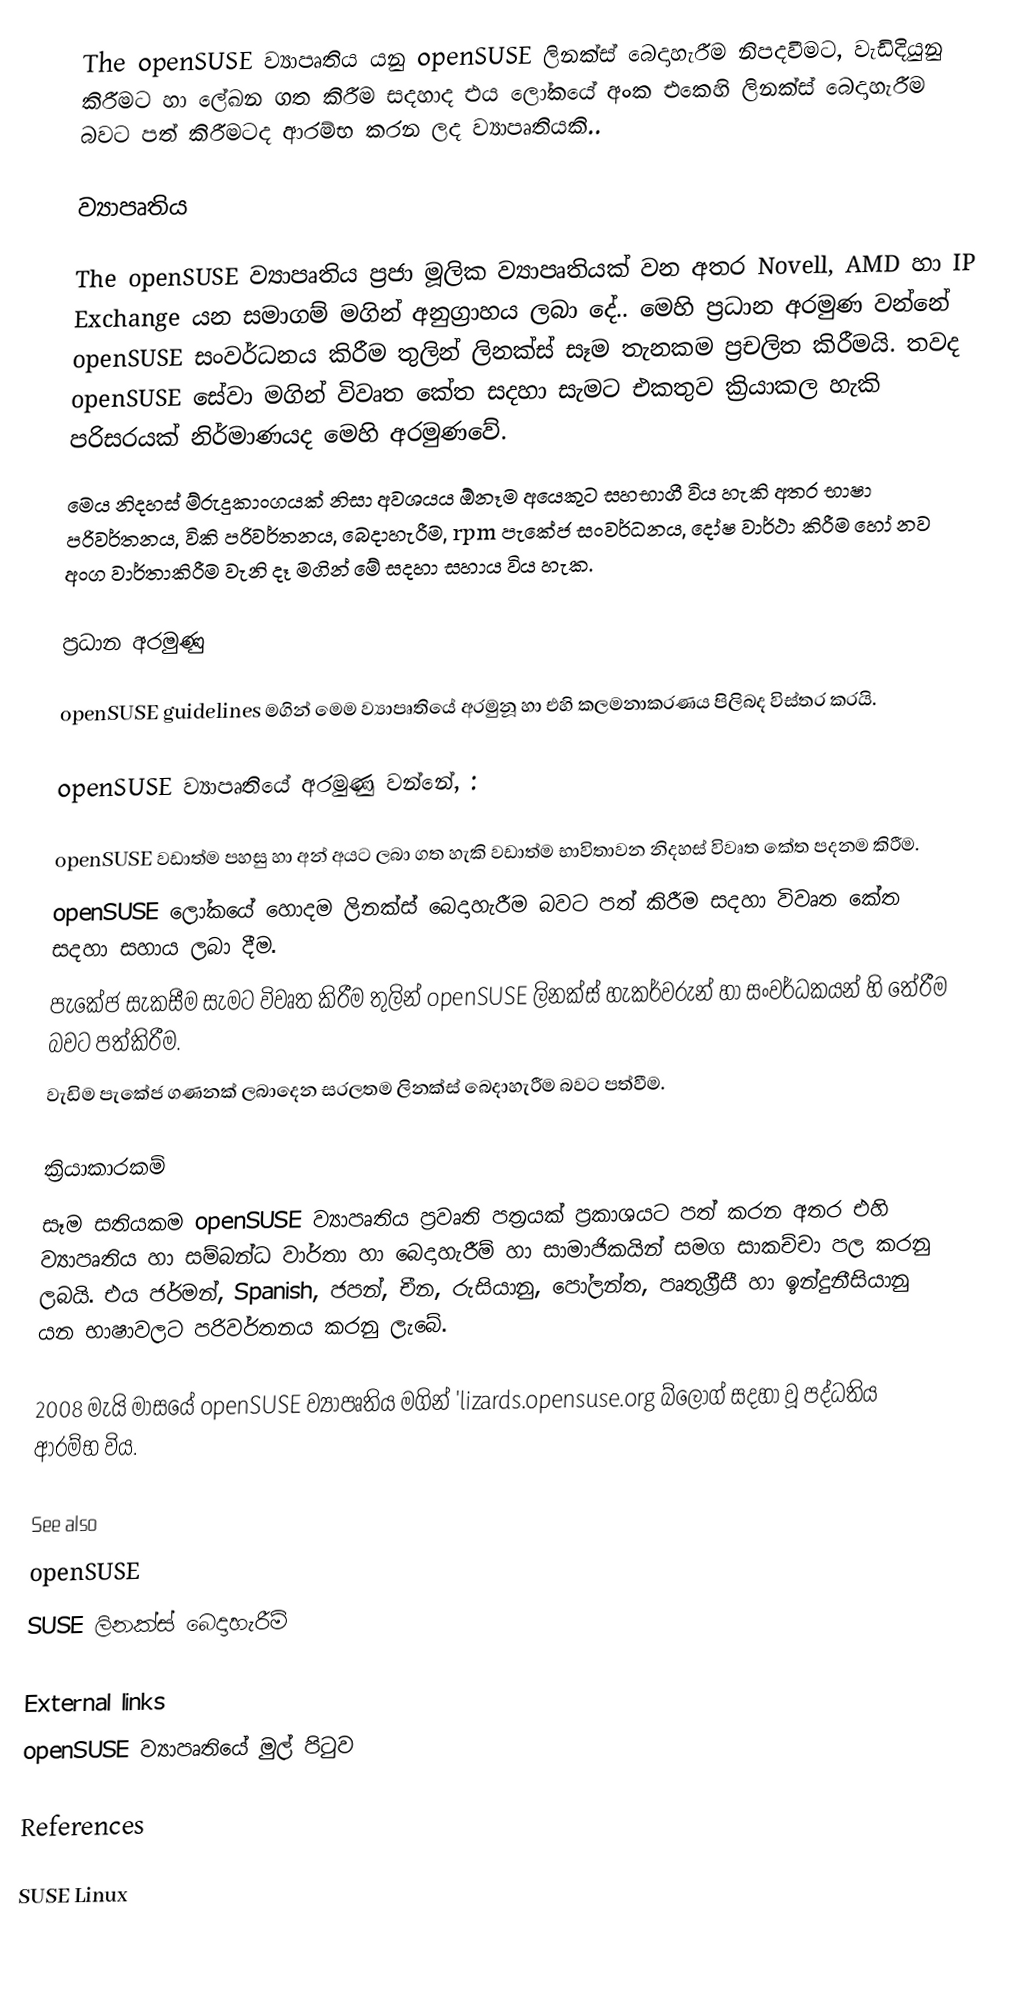
The openSUSE ව්‍යාපෘතිය යනු openSUSE ලිනක්ස් බෙදාහැරීම නිපදවීමට, වැඩිදියුනු කිරීමට හා ලේඛන ගත කිරීම සදහාද එය ලෝකයේ අංක එකෙහි ලිනක්ස් බෙදාහැරීම බවට පත් කිරීමටද ආරම්භ කරන ලද ව්‍යාපෘතියකි..

ව්‍යාපෘතිය

The openSUSE ව්‍යාපෘතිය ප්‍රජා මූලික ව්‍යාපෘතියක් වන අතර Novell, AMD හා IP Exchange යන සමාගම් මගින් අනුග්‍රාහය ලබා දේ.. මෙහි ප්‍රධාන අරමුණ වන්නේ openSUSE සංවර්ධනය කිරීම තුලින් ලිනක්ස් සෑම තැනකම ප්‍රචලිත කිරීමයි. තවද openSUSE සේවා මගින් විවෘත කේත සදහා සැමට එකතුව ක්‍රියාකල හැකි පරිසරයක් නිර්මාණයද මෙහි අරමුණවේ.
මෙය නිදහස් ම්රුදුකාංගයක් නිසා අවශයය ඕනෑම අයෙකුට සහභාගී විය හැකි අතර භාෂා පරිවර්තනය, විකි පරිවර්තනය, බෙදාහැරීම, rpm පැකේජ සංවර්ධනය, දෝෂ වාර්ථා කිරීම හෝ නව  අංග වාර්තාකිරීම වැනි දෑ මගින් මේ සදහා සහාය විය හැක.

ප්‍රධාන අරමුණු

openSUSE guidelines මගින් මෙම ව්‍යාපෘතියේ අරමුනූ හා එහි කලමනාකරණය පිලිබද විස්තර කරයි.

openSUSE ව්‍යාපෘතියේ අරමුණු වන්නේ, :

 openSUSE වඩාත්ම පහසු හා අන් අයට ලබා ගත හැකි වඩාත්ම භාවිතාවන නිදහස් විවෘත කේත පදනම කිරීම.
 openSUSE ලෝකයේ හොදම ලිනක්ස් බෙදාහැරීම බවට පත් කිරීම සදහා විවෘත කේත සදහා සහාය ලබා දීම.
 පැකේජ සැකසීම සැමට විවෘත කිරීම තුලින් openSUSE ලිනක්ස් හැකර්වරුන් හා සංවර්ධකයන් හි තේරීම බවට පත්කිරීම.
 වැඩිම පැකේජ ගණනක් ලබාදෙන සරලතම ලිනක්ස් බෙදාහැරීම බවට පත්වීම.

ක්‍රියාකාරකම්
සෑම සතියකම openSUSE ව්‍යාපෘතිය ප්‍රවෘති පත්‍රයක් ප්‍රකාශයට පත් කරන අතර එහි ව්‍යාපෘතිය හා සම්බන්ධ වාර්තා හා බෙදාහැරීම් හා සාමාජිකයින් සමග සාකච්චා පල කරනු ලබයි. එය ජර්මන්, Spanish, ජපන්, චීන, රුසියානු, පෝලන්ත, පෘතුග්‍රීසී හා ඉන්දුනීසියානු යන භාෂාවලට පරිවර්තනය කරනු ලැබේ.

2008 මැයි මාසයේ openSUSE ව්‍යාපෘතිය මගින් 'lizards.opensuse.org  බ්ලොග් සදහා වූ පද්ධතිය ආරම්භ විය.

See also
openSUSE
SUSE ලිනක්ස් බෙදාහැරීම්

External links
openSUSE ව්‍යාපෘතියේ මුල් පිටුව

References

SUSE Linux